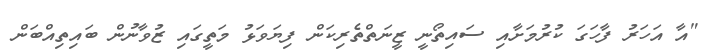
"އާ އަހަރު ފާހަގަ ކުރުމަށާއި ސައިތޯނީ ޒީނަތްތެރިކަން ފިޔަވަޅު މަތީގައި ޒުވާނުން ބައިތިއްބަން